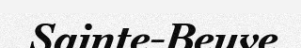
Sainte-Beuve